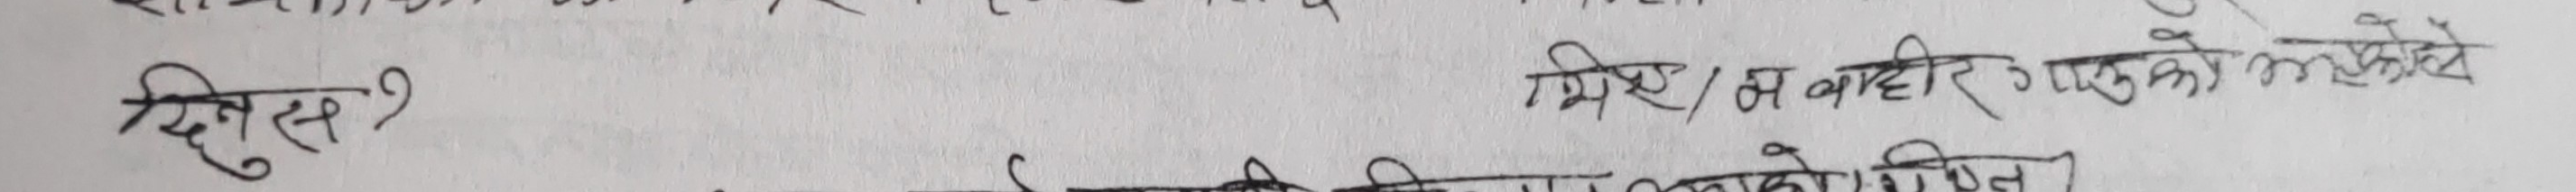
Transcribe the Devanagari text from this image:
दिनुस ? मिश्रित न बाहिर्यएको कि नखोले